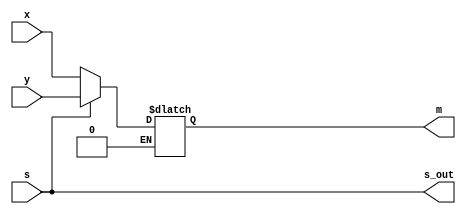
module Lab1Part2(x,y,s,m,s_out);
input [3:0]x; 
input [3:0]y; 
input s; 
output s_out;
output reg [3:0] m;
assign s_out = s;

always @(*)
begin
	if(s == 1)
		 m <= y;
	else if(s == 0)
		 m <= x;
end
//assign m = (~s & x) | (s & y);

endmodule